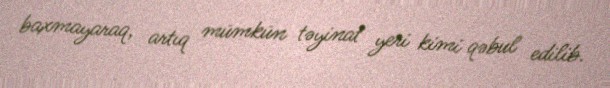
baxmayaraq, artıq mümkün təyinat yeri kimi qəbul edilib.